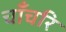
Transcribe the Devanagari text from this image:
चाँचरि